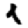
Digit: 1